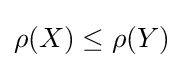
\rho (X)\leq \rho (Y)